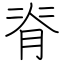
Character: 脊